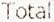
TOTAL